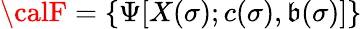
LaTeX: {\calF}=\{ \Psi[X(\sigma);c(\sigma),\mathfrak{b}(\sigma)]\}